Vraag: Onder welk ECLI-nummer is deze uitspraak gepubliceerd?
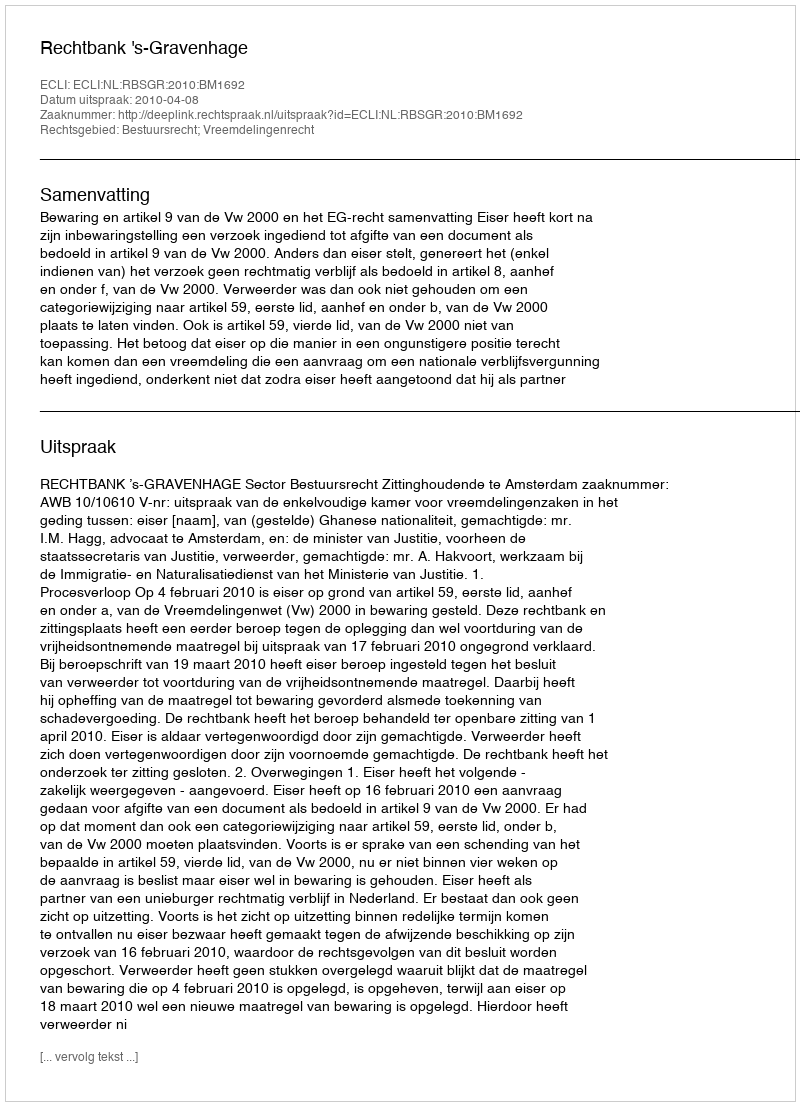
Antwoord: ECLI:NL:RBSGR:2010:BM1692